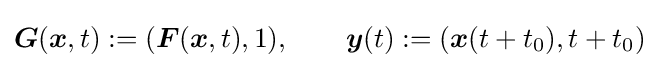
{\boldsymbol {G}}({\boldsymbol {x}},t):=({\boldsymbol {F}}({\boldsymbol {x}},t),1),\qquad {\boldsymbol {y}}(t):=({\boldsymbol {x}}(t+t_{0}),t+t_{0})